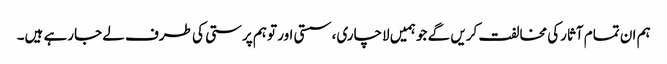
ہم ان تمام آثارکی مخالفت کریں گے جو ہمیں لاچاری، سستی اور توہم پرستی کی طرف لے جارہے ہیں۔